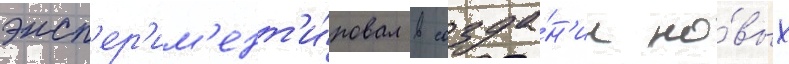
эксп'ер'им'ент'и́ровал в созда́н'ии но́вых